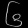
Digit: ၆